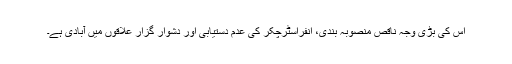
اس کی بڑی وجہ ناقص منصوبہ بندی، انفراسٹرچکر کی عدم دستیابی اور دشوار گزار علاقوں میں آبادی ہے۔